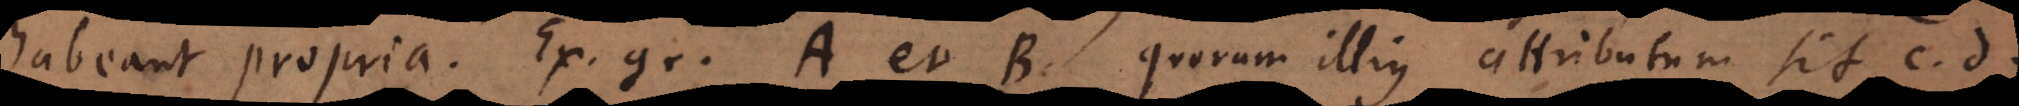
habeant propria. Ex. gr. A et B quorum illius attributum sit c, d,